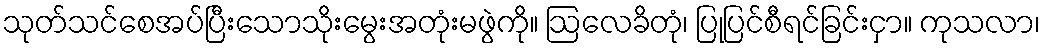
သုတ်သင်စေအပ်ပြီးသောသိုးမွေးအတုံးမဖွဲကို။ ဩလေခိတုံ၊ ပြုပြင်စီရင်ခြင်းငှာ။ ကုသလာ၊